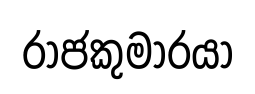
රාජකුමාරයා